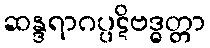
ဆန္ဒရာဂပ္ပဋိဗဒ္ဓတ္တာ